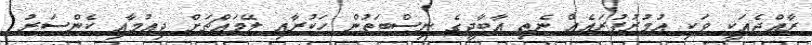
ރާއްޖެއަކީ ވަކި އުމުރުފުރައެއް ނެތި އާބާދީގެ ނިސްބަތުން ހަކުރާއި ލޭމައްޗަށް ދިއުމާއި ކެންސަރު